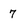
Character: 7